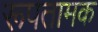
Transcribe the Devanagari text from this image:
रूपतामक